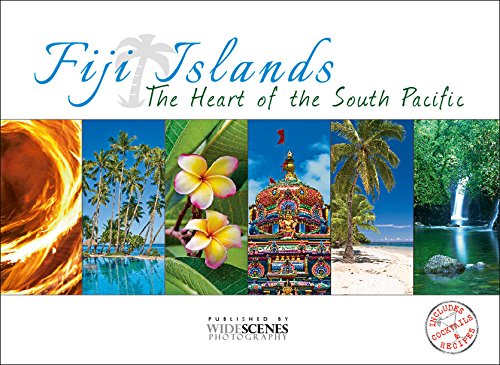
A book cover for Fiji Islands - The Heart of the South Pacific; WideScenes Photography; Travel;